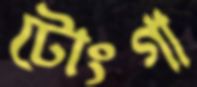
টোংগা